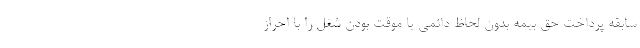
سابقه پرداخت حق بیمه بدون لحاظ دائمی یا موقت بودن شغل را با احراز